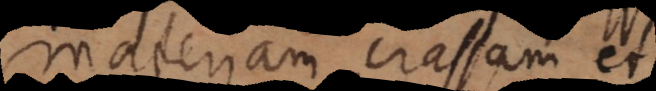
materiam crassam et